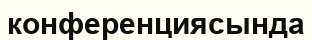
конференциясында